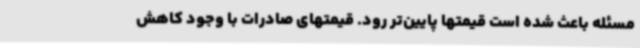
مسئله باعث شده است قیمتها پایین‌تر رود. قیمتهای صادرات با وجود کاهش